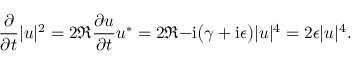
\frac { \partial } { \partial t } \lvert u \rvert ^ { 2 } = 2 \Re { \frac { \partial u } { \partial t } u ^ { \ast } } = 2 \Re { - \mathrm { i } \big ( \gamma + \mathrm { i } \epsilon \big ) \lvert u \rvert ^ { 4 } } = 2 \epsilon \lvert u \rvert ^ { 4 } .